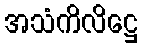
အသံကိလိဋ္ဌေ